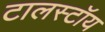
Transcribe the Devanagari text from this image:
टालस्टॉय